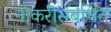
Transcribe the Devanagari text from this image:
नोकरीसंबंधित